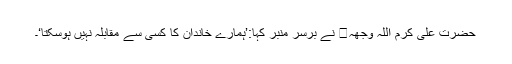
حضرت علی کرم اللہ وجھہ نے برسرِ منبر کہا:’ہمارے خاندان کا کسی سے مقابلہ نہیں ہوسکتا‘۔